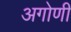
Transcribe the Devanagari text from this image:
अगोणी